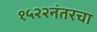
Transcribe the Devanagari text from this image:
१५२२नंतरचा